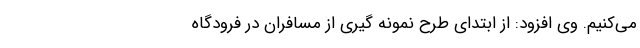
می‌کنیم. وی افزود: از ابتدای طرح نمونه گیری از مسافران در فرودگاه